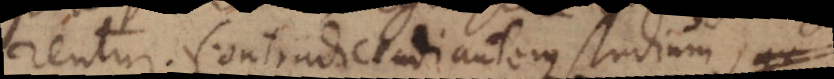
entur. Contradicendi autem studium,